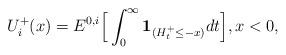
LaTeX: \begin{align*}U^+_i(x)= {E}^{0,i}\Big[\int_0^\infty\mathbf{1}_{(H^+_t \leq -x)}dt\Big],x<0,\end{align*}